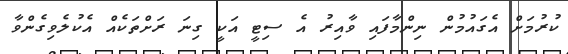
ކުރުމަށް އެގައުމުން ނިންމާފައި ވާއިރު އެ ސިޓީ އަކީ ގިނަ ރަށްތަކެއް އެކުލެވިގެންވާ